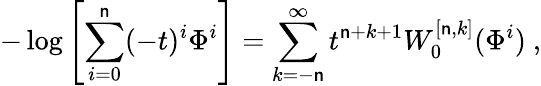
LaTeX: -\log\left[\sum_{i=0}^{\mathsf{n}}(-t)^{i}\Phi^{i}\right]=\sum_{k=-\mathsf{n}}^{\infty}t^{\mathsf{n}+k+1}W_{0}^{[\mathsf{n},k]}(\Phi^{i})~,